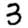
Digit: 3